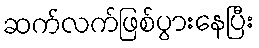
ဆက်လက်ဖြစ်ပွားနေပြီး